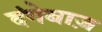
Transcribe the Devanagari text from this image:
दंगेबाज़